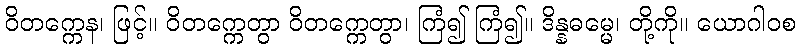
ဝိတက္ကေန၊ ဖြင့်။ ဝိတက္ကေတွာ ဝိတက္ကေတွာ၊ ကြံ၍ ကြံ၍။ ဒိန္နဓမ္မေ၊ တို့ကို။ ယောဂါဝစ